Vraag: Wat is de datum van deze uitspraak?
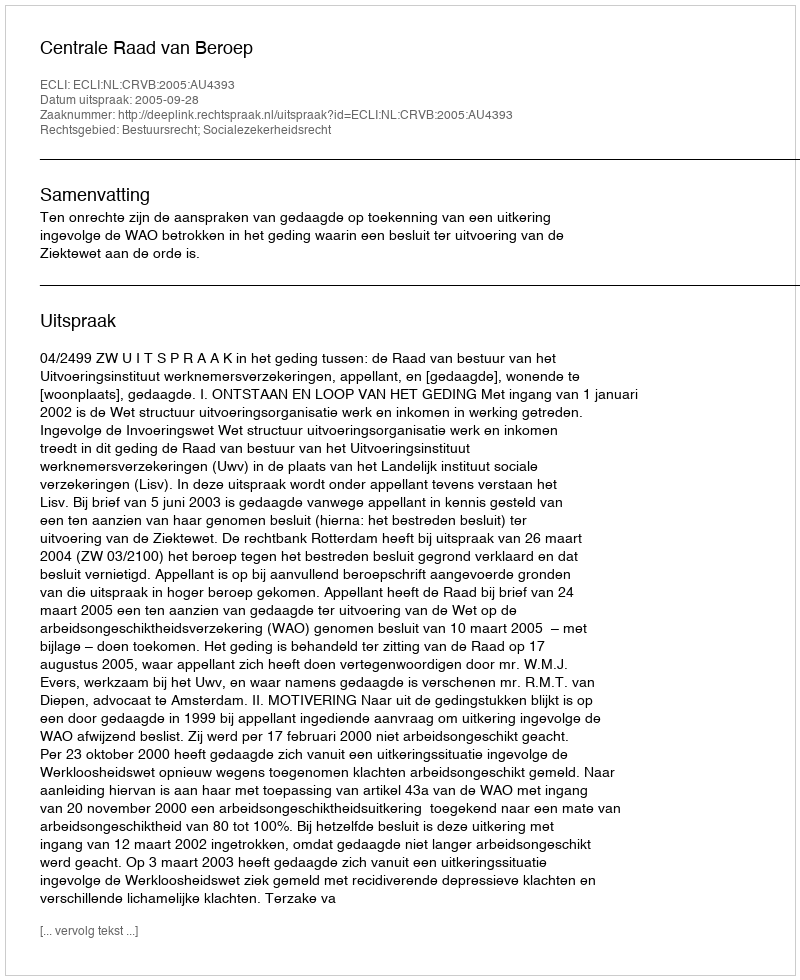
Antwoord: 2005-09-28